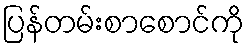
ပြန်တမ်းစာစောင်ကို